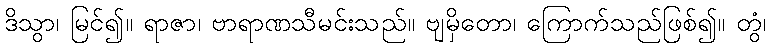
ဒိသွာ၊ မြင်၍။ ရာဇာ၊ ဗာရာဏသီမင်းသည်။ ဗျမှိတော၊ ကြောက်သည်ဖြစ်၍။ တွံ၊